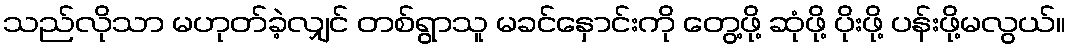
သည်လိုသာ မဟုတ်ခဲ့လျှင် တစ်ရွာသူ မခင်နှောင်းကို တွေ့ဖို့ ဆုံဖို့ ပိုးဖို့ ပန်းဖို့မလွယ်။